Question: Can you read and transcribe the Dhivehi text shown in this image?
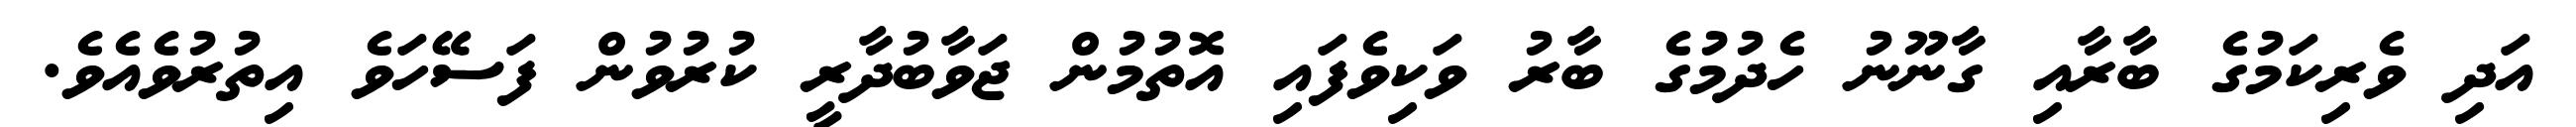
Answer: އަދި ވެރިކަމުގެ ބާރާއި ގާނޫނު ހެދުމުގެ ބާރު ވަކިވެފައި އޮތުމުން ޖަވާބުދާރީ ކުރުވުން ފަސޭހަވެ އިތުރުވެއެވެ.